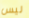
ليس